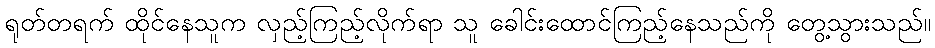
ရုတ်တရက် ထိုင်နေသူက လှည့်ကြည့်လိုက်ရာ သူ ခေါင်းထောင်ကြည့်နေသည်ကို တွေ့သွားသည်။